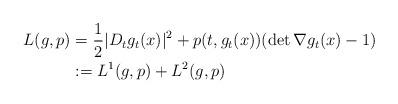
LaTeX: \begin{align*}L (g,p) &= \frac{1}{2}|D_t g_t (x)|^2 + p(t, g_t (x)) (\det \nabla g_t (x) -1)\\&:=L^1 (g,p) +L^2 (g,p)\end{align*}